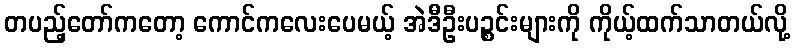
တပည့်တော်ကတော့ ကောင်ကလေးပေမယ့် အဲဒီဦးပဉ္စင်းများကို ကိုယ့်ထက်သာတယ်လို့